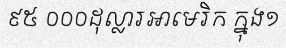
៩៥ ០០០ដុល្លារអាមេរិក ក្នុង១